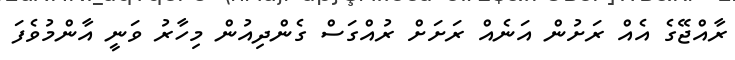
ރާއްޖޭގެ އެއް ރަށުން އަނެއް ރަށަށް ރުއްގަސް ގެންދިއުން މިހާރު ވަނީ އާންމުވެފަ